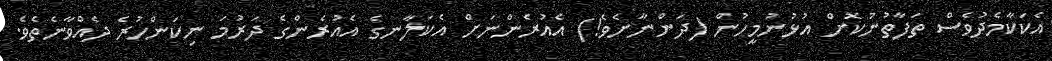
އެކަކާާމެދުވެސް ތަފާތުނުކޮށް އުޅުނުމީހުން (ދަންނާށެވެ!) އެއުރެންނަށް އެކަލާނގެ އެއުރެންގެ ދަރުމަ ނިކަންހުރެ ދެއްވާނެތެވެ.